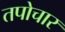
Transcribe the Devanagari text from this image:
तपोचार